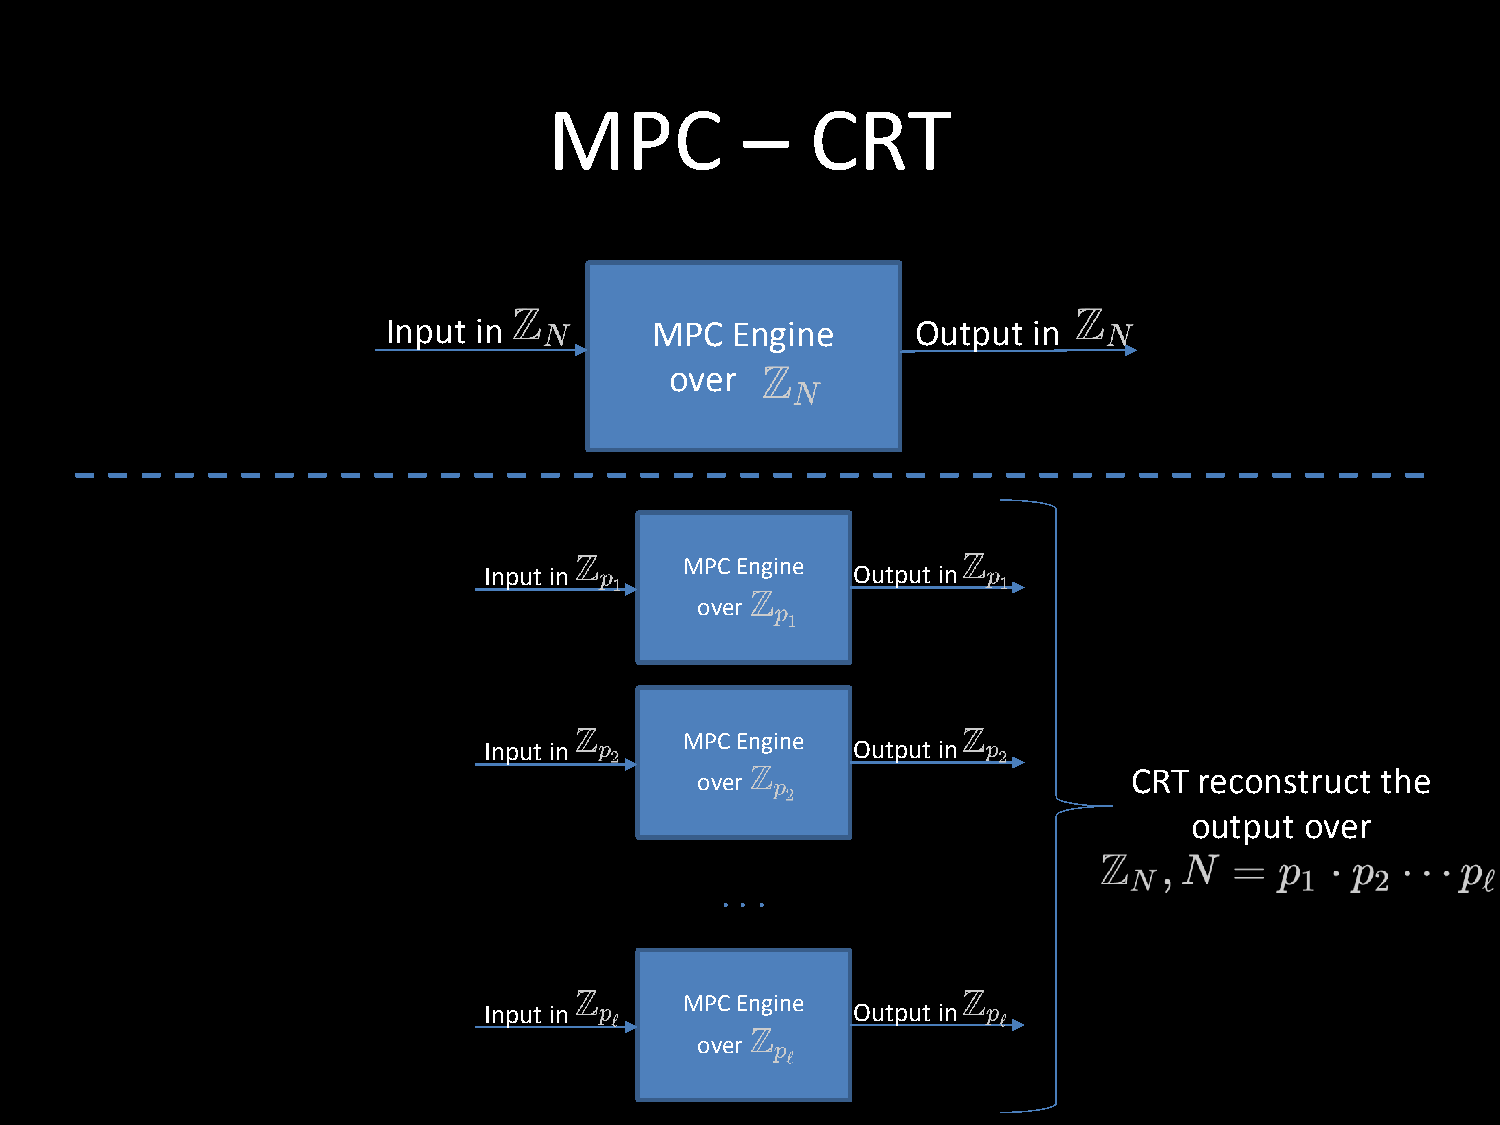
MPC          –    CRT
 Input in         MPC  Engine       Output in
 over
 MPC Engine
 Input in                Output in
 over
 MPC Engine
 Input in                Output in
 CRT reconstruct the
 over
 output over
 . . .
 MPC Engine
 Input in                Output in
 over